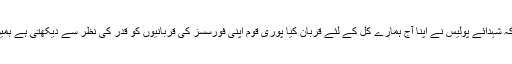
ڈی پی او چارسدہ نے کہا کہ شہدائے پولیس نے اپنا آج ہمارے کل کے لئے قربان کیا پوری قوم اپنی فورسسز کی قربانیوں کو قدر کی نظر سے دیکھتی ہے ہمیں پولیس شہداء پر فخر ہے۔